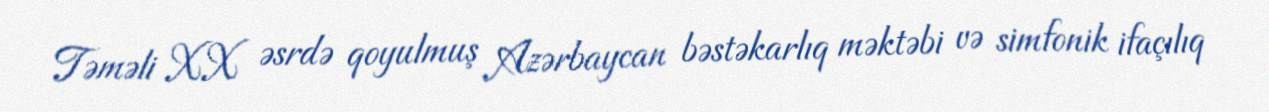
Təməli XX əsrdə qoyulmuş Azərbaycan bəstəkarlıq məktəbi və simfonik ifaçılıq